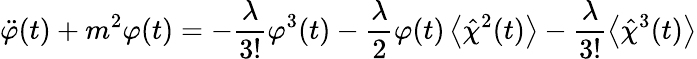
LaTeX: \ddot{\varphi}(t)+m^{2}\varphi(t)=-\frac{\lambda}{3!}\varphi^{3}(t)-\frac{\lambda}{2}\varphi(t)\left\langle\hat{\chi}^{2}(t)\right\rangle-\frac{\lambda}{3!}\left\langle\hat{\chi}^{3}(t)\right\rangle